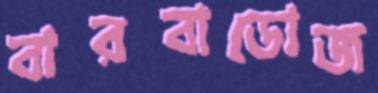
বারবাডোজ